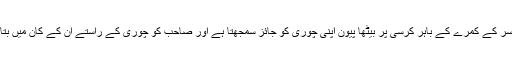
ایک افسر کے کمرے کے باہر کرسی پر بیٹھا پیون اپنی چوری کو جائز سمجھتا ہے اور صاحب کو چوری کے راستے ان کے کان میں بتاتا ہے۔